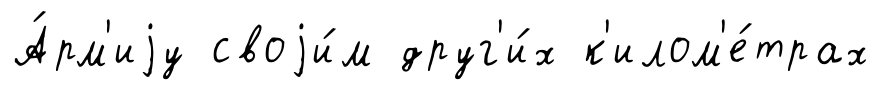
А́рм'иjу своjи́м друг'и́х к'илом'е́трах